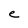
Character: e